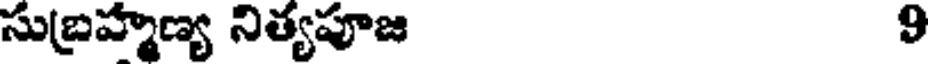
సుబ్రహ్మణ్య నిత్యపూజ 9